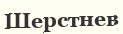
Шерстнев